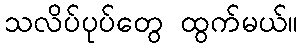
သလိပ်ပုပ်တွေ ထွက်မယ်။